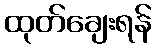
ထုတ်ချေးရန်